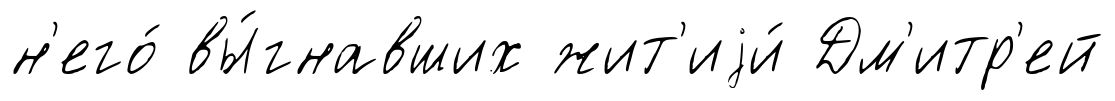
н'его́ вы́гнавших жит'иjи́ Дм'итр'ей